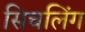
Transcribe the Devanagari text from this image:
सिचलिंग